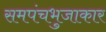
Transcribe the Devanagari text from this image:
समपंचभुजाकार